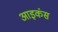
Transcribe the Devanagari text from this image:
आइकंस